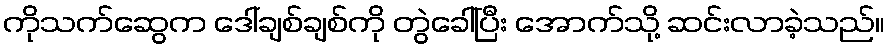
ကိုသက်ဆွေက ဒေါ်ချစ်ချစ်ကို တွဲခေါ်ပြီး အောက်သို့ ဆင်းလာခဲ့သည်။